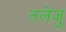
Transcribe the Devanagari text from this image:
तलेजु